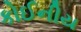
કોઈનીય